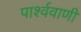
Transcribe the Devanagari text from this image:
पार्श्ववाणी